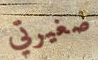
صغيرتي